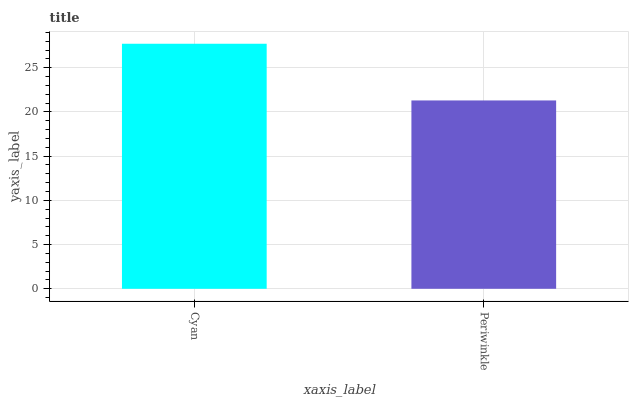
| xaxis_label | bars |
 | --- | --- |
 | Cyan | 27.7 |
 | Periwinkle | 21.3 |